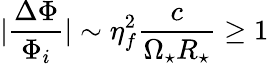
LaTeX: |\frac{\Delta\Phi}{\Phi_{i}}|\sim\eta_{f}^{2}\frac{c}{\Omega_{\star}R_{\star}}\ge 1